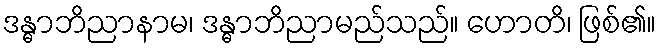
ဒန္ဓာဘိညာနာမ၊ ဒန္ဓာဘိညာမည်သည်။ ဟောတိ၊ ဖြစ်၏။